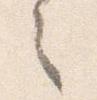
之